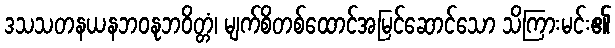
ဒသသတနယနဘဝနုဘဝိတ္တံ၊ မျက်စိတစ်ထောင်အမြင်ဆောင်သော သိကြားမင်း၏